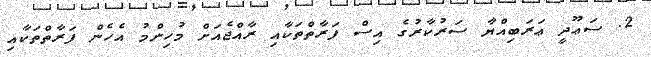
2. ސަޢޫދީ ޢަރަބިއްޔާ ސަރުކާރުގެ އިސް ފަރާތްތަކާއި ރާއްޖެއަށް މުހިންމު އެހެން ފަރާތްތަކާއި